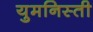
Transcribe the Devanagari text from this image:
युमनिस्ती